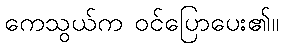
ကေသွယ်က ဝင်ပြောပေး၏။